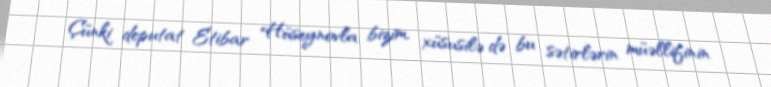
Çünki deputat Etibar Hüseynovla bizim, xüsusilə də bu sətirlərin müəllifinin